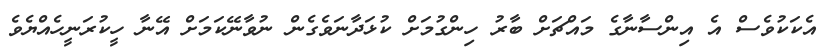
އެކަކުވެސް އެ އިންސާނާގެ މައްޗަށް ބާރު ހިންގުމަށް ކުޅަދާނަވެގެން ނުވާނޭކަމަށް އޭނާ ހީކުރަނީހެއްޔެވެ